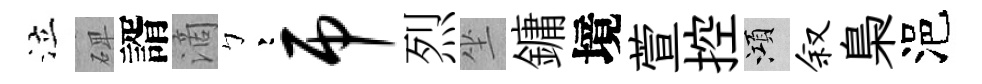
泣𥓓諝滴彎吊烈坐鏞境萱控澒叙梟浥